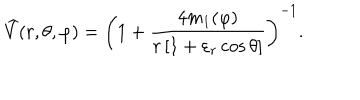
LaTeX: { \widehat { V } } ( r , \theta , \varphi ) = \left( 1 + { \frac { 4 m _ { 1 } ( \varphi ) } { r \left[ 1 + \varepsilon _ { r } \cos \theta \right] } } \right) ^ { - 1 } .